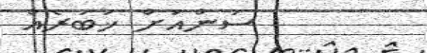
ސަންއަށް ޚަބަރެއް